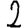
Digit: 2